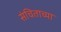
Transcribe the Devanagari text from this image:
संचिताच्या